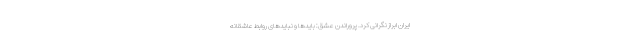
ایران ابراز نگرانی کرد. پروراندن عشق: بایدها و نبایدهای روابط عاشقانه